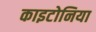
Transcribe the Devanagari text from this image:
काइटोनिया